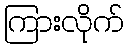
ကြားလိုက်